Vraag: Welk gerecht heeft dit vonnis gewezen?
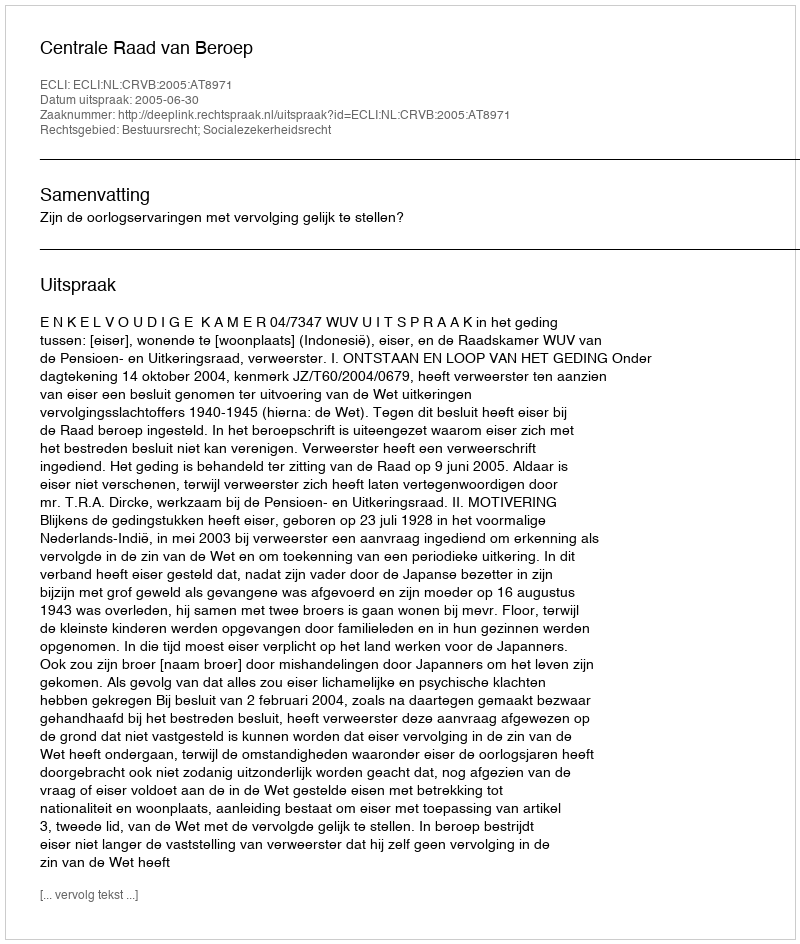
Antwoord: Centrale Raad van Beroep